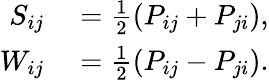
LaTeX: \begin{array}{rl}{S_{ij}}&{{}=\frac 12(P_{ij}+P_{ji}),}\\ {W_{ij}}&{{}=\frac 12(P_{ij}-P_{ji}).}\end{array}